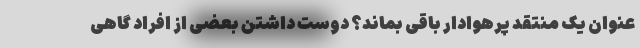
عنوان یک منتقد پرهوادار باقی بماند؟ دوست داشتن بعضی از افراد گاهی